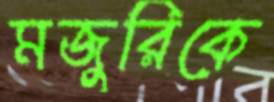
মজুরিকে